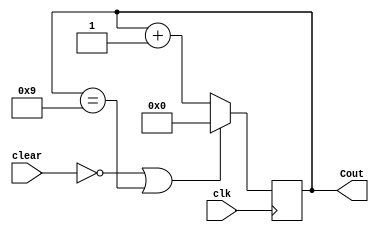
module Mod_10_Up_counter(
    input clear,
    input clk,
    output reg [3:0] Cout
    );
    initial
     Cout=4'b0000;
    always@ (posedge clk)
begin 
if( clear==0 | Cout==4'b1001)
Cout <= 4'b0000;
else
Cout <= Cout+ 1;
end
endmodule